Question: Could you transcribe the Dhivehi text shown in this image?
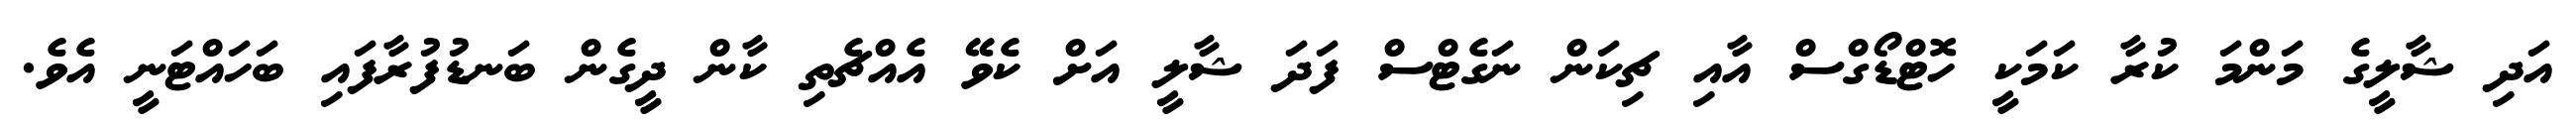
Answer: އަދި ޝާލީގެ މަންމަ ކުރާ ކަމަކީ ހޮޓްޑޯގްސް އާއި ޗިކަން ނަގެޓްސް ފަދަ ޝާލީ އަށް ކެވޭ އެއްޗެތި ކާން ދީގެން ބަނޑުފުރާފައި ބަހައްޓަނީ އެވެ.